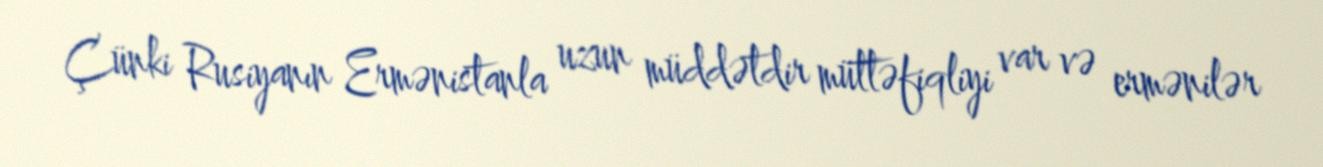
Çünki Rusiyanın Ermənistanla uzun müddətdir müttəfiqliyi var və ermənilər